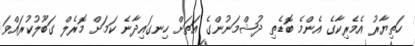
ހަތިޔާރު އެމެރިކާގެ އެންމެ ބޮޑެތި ދުޝްމަނުންގެ އަތަށް ހިނގައިދާނެ ކަމަށް މޮރެލް ގަބޫލުކުރައްވަ